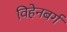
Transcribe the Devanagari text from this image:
विहेनबर्ग